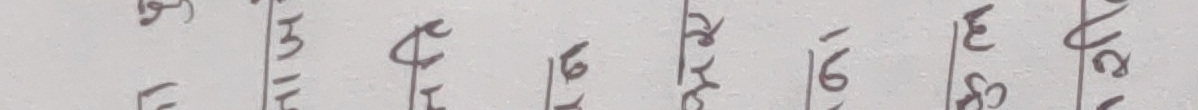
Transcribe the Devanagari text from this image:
७) ८ १५ १४ १६ १७ १८ १९ २० २१ २६ २७ २८ २९